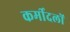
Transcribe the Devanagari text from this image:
कर्मीदलों